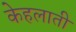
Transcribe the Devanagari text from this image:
केहलाती